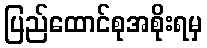
ပြည်ထောင်စုအစိုးရမှ